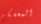
المعسكر